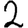
Digit: 2